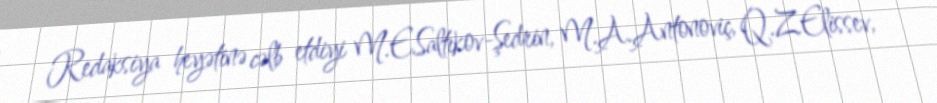
Redaksiya heyətinə cəlb etdiyi M.E.Saltıkov-Şedrin, M.A.Antonoviç, Q.Z.Elissev,